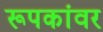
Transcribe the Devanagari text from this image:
रूपकांवर